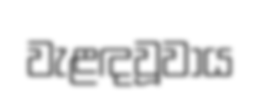
වැළඳවූවාය